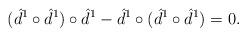
LaTeX: \begin{align*}(\hat d^1\circ \hat d^1) \circ \hat d^1- \hat d^1 \circ(\hat d^1\circ \hat d^1)=0.\end{align*}